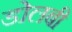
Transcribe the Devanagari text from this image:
डोलबी